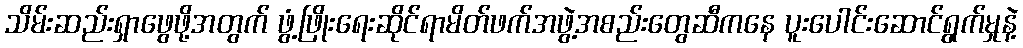
သိမ်းဆည်းရှာဖွေဖို့အတွက် ဖွံ့ဖြိုးရေးဆိုင်ရာမိတ်ဖက်အဖွဲ့အစည်းတွေဆီကနေ ပူးပေါင်းဆောင်ရွက်မှုနဲ့